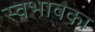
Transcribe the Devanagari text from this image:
स्वभावका